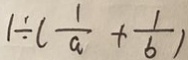
1 \div ( \frac { 1 } { a } + \frac { 1 } { b } )